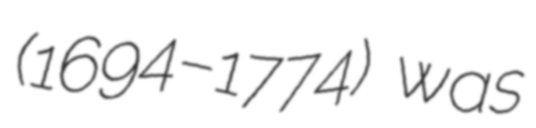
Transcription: (1694–1774) was